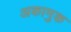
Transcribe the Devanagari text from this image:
अकामुक